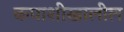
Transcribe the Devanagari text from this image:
कपाशीखालील